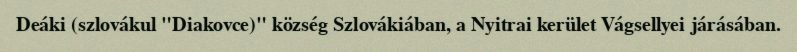
Deáki (szlovákul "Diakovce)" község Szlovákiában, a Nyitrai kerület Vágsellyei járásában.